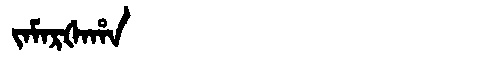
Manchu: ᠵᠠᠮᠠᡵᡧᠠᡥᠠ
Romanization: JAMARŠAHA